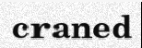
craned